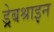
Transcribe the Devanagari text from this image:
ड्रेबश्राइन